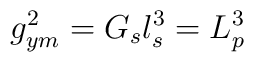
g_{ym}^{2}=G_{s} l_{s}^{3}=L_{p}^{3}